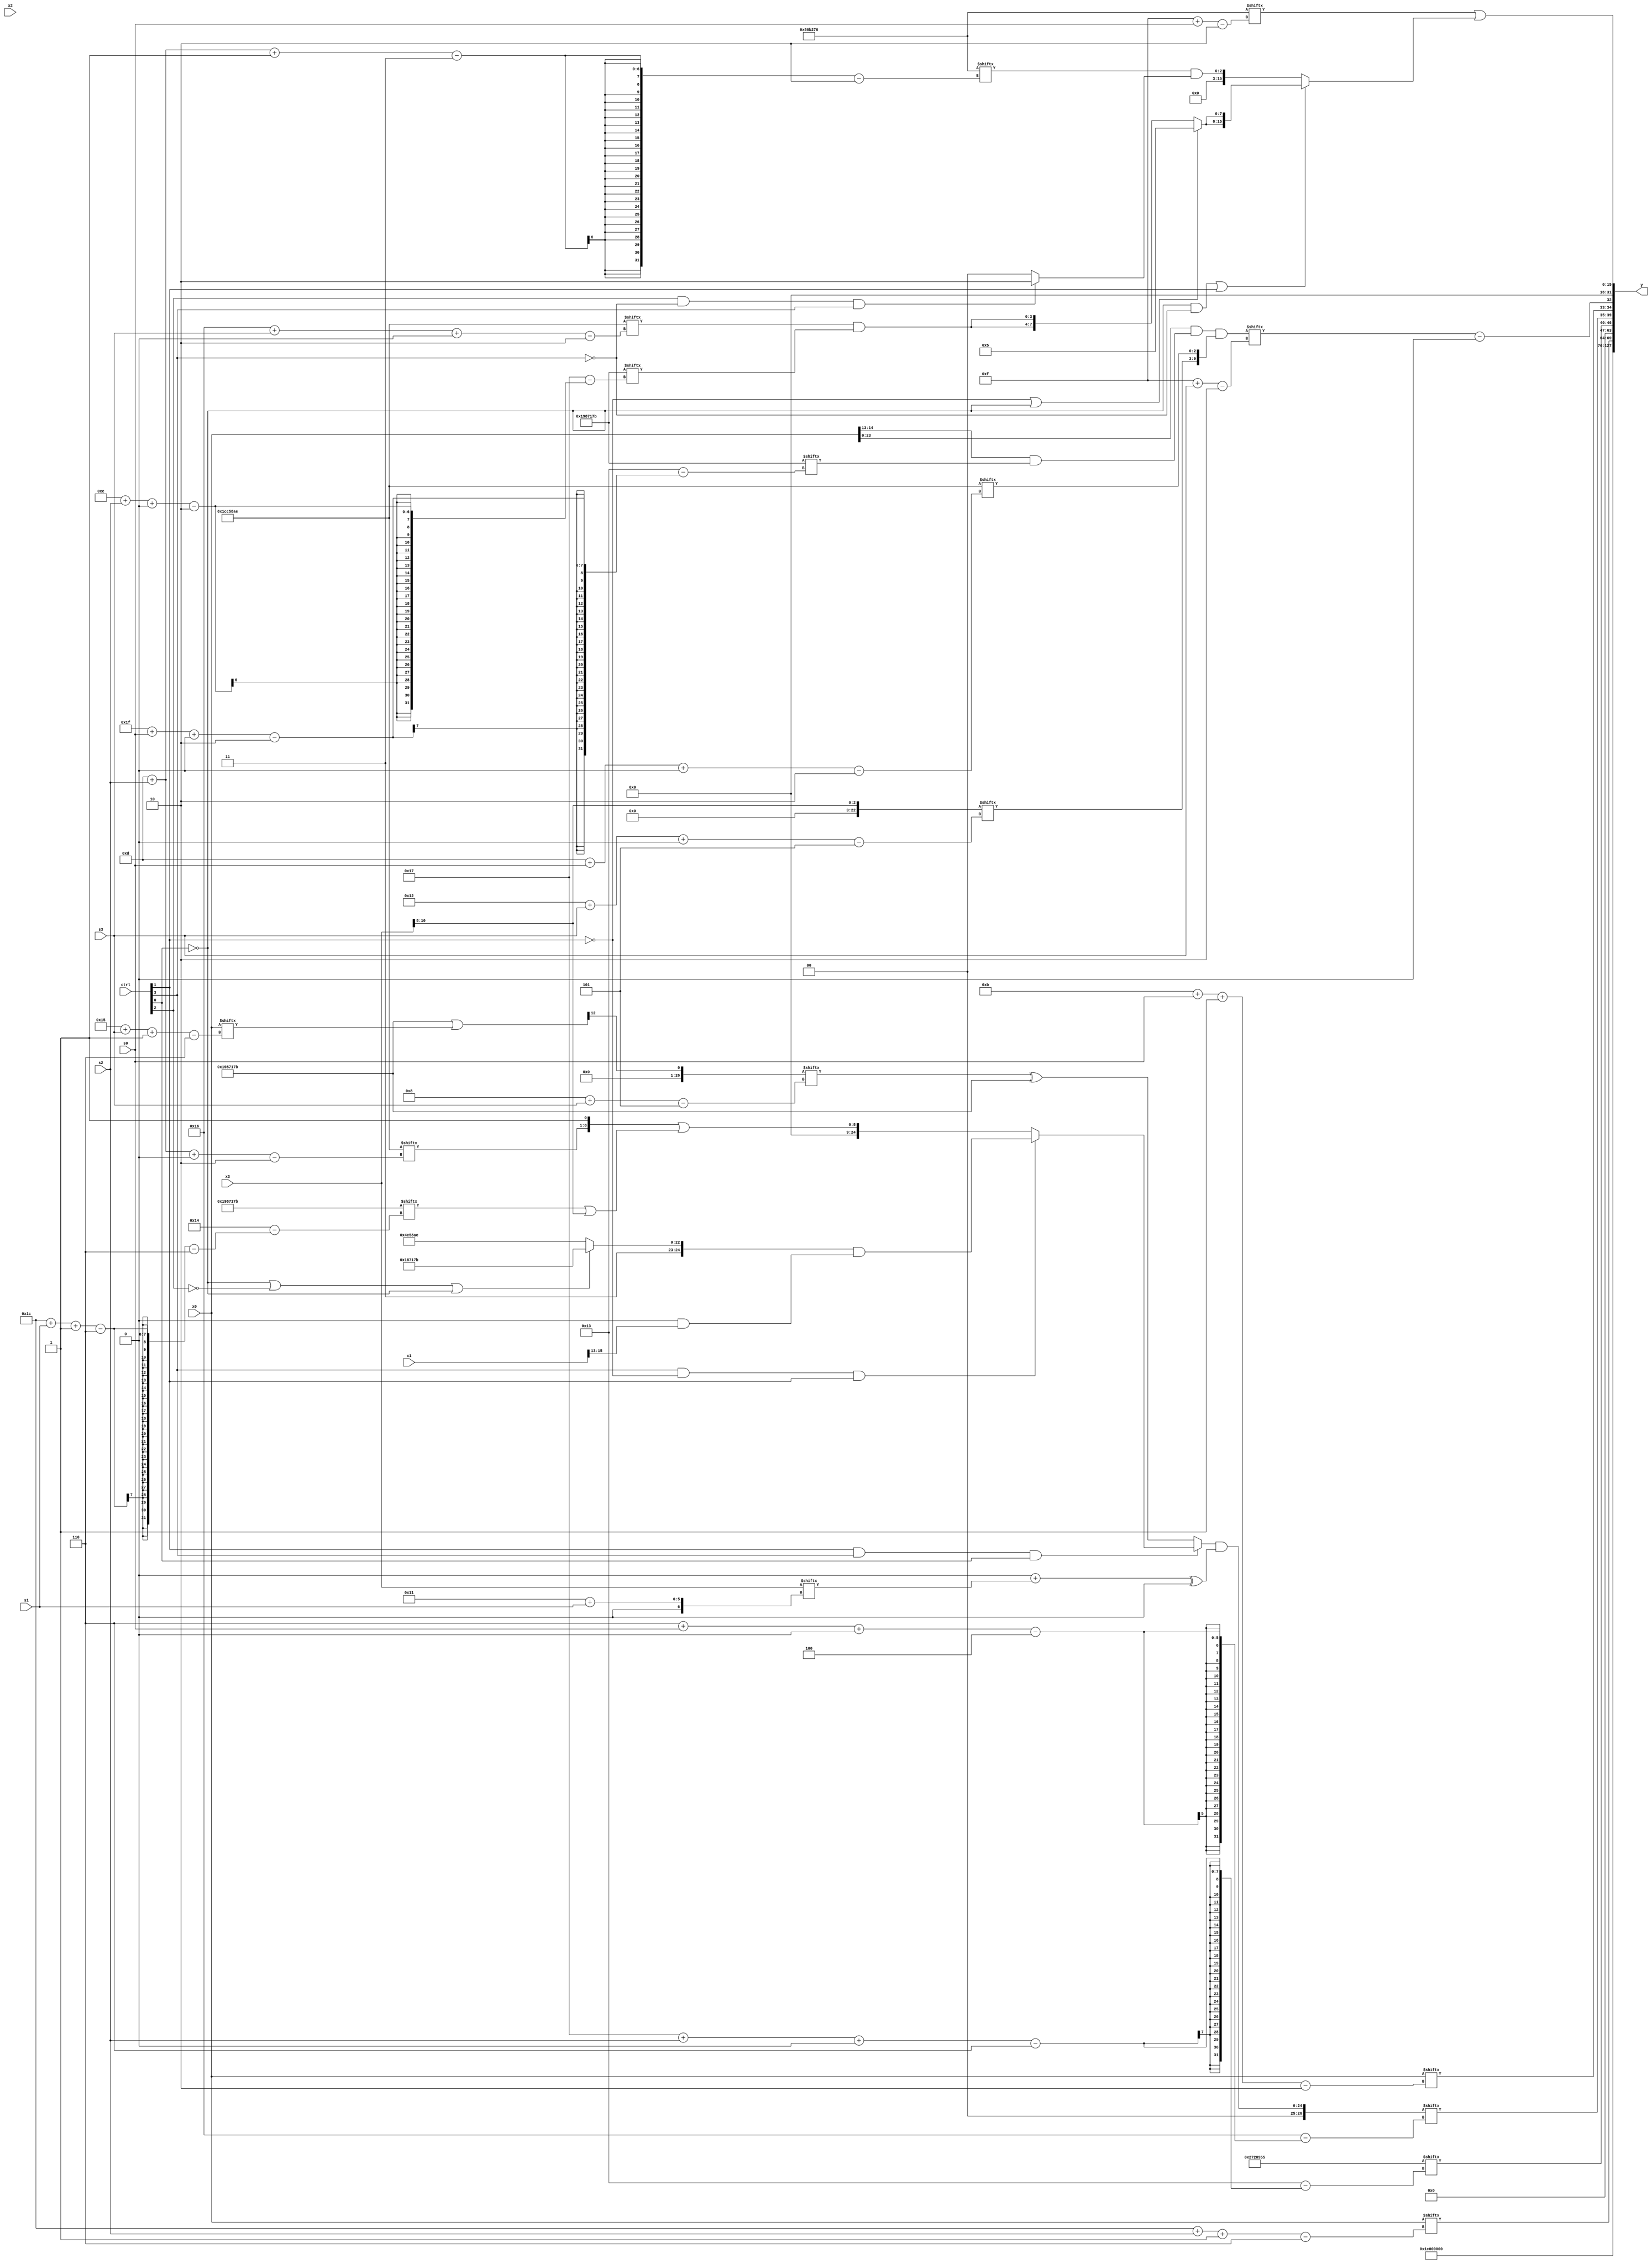
module partsel_00807(ctrl, s0, s1, s2, s3, x0, x1, x2, x3, y);
  input [3:0] ctrl;
  input [2:0] s0;
  input [2:0] s1;
  input [2:0] s2;
  input [2:0] s3;
  input [31:0] x0;
  input signed [31:0] x1;
  input [31:0] x2;
  input signed [31:0] x3;
  wire [27:5] x4;
  wire [6:31] x5;
  wire signed [1:25] x6;
  wire [25:2] x7;
  wire [31:5] x8;
  wire signed [4:30] x9;
  wire [29:6] x10;
  wire [2:27] x11;
  wire [30:5] x12;
  wire signed [7:31] x13;
  wire signed [1:27] x14;
  wire signed [1:27] x15;
  output [127:0] y;
  wire [31:0] y0;
  wire [31:0] y1;
  wire [31:0] y2;
  wire signed [31:0] y3;
  assign y = {y0,y1,y2,y3};
  localparam signed [2:28] p0 = 563638651;
  localparam [27:2] p1 = 30169262;
  localparam [25:2] p2 = 109490806;
  localparam signed [6:31] p3 = 913443157;
  assign x4 = x3[8 +: 3];
  assign x5 = p0;
  assign x6 = (x5 | x0[21 + s3 -: 6]);
  assign x7 = ({((x6 + (p2[29 + s1 -: 3] + p3[18])) + x2), {2{(x0 & (x0[14 -: 2] & p0[31 + s0 +: 8]))}}} & {x4[18 + s3 +: 7], p1[13 + s0 +: 3]});
  assign x8 = x6[13];
  assign x9 = ((ctrl[1] && ctrl[3] && ctrl[0] ? (ctrl[3] && !ctrl[1] && ctrl[1] ? ((!ctrl[0] || !ctrl[2] || !ctrl[0] ? p0 : p1) & (x4[16 +: 4] & x1[15 -: 3])) : ({p1[13 + s2 +: 8], p3[10 +: 1]} | (x5[28 + s1 -: 6] | x4))) : (x8[8 + s3] ^ p0)) & ((!ctrl[0] && ctrl[0] && !ctrl[0] ? {(x4[19 + s3 +: 3] | p3[30 + s0 +: 3]), (p3[8 + s2 -: 1] & x2[7 + s1 -: 6])} : ({2{x5[16 -: 4]}} + ((x4[22] & p0) | x3[17 + s1]))) ^ {2{{2{x8[20 -: 1]}}}}));
  assign x10 = p3;
  assign x11 = ({2{p2[19]}} - p3);
  assign x12 = (((p1 | (x8 & (x4[17 + s0] | x4[26 + s0 +: 3]))) + p3[31 + s3 -: 2]) & p2[13 + s2 +: 6]);
  assign x13 = (!ctrl[0] && !ctrl[0] || !ctrl[3] ? x7[21] : (!ctrl[0] && !ctrl[2] || !ctrl[1] ? (p2[13] ^ (p0[22] ^ p1[1 + s2 -: 6])) : p0));
  assign x14 = x13[22];
  assign x15 = (!ctrl[3] || ctrl[3] || !ctrl[3] ? {2{(({2{((p0[12 + s0] & x5[14 +: 3]) + p3[3 + s3 -: 4])}} + x13[6 + s3]) ^ x13[7 + s0])}} : {{(ctrl[3] || ctrl[2] || !ctrl[0] ? (!ctrl[2] || !ctrl[3] && !ctrl[2] ? x8[14 + s2] : x8) : (!ctrl[1] || !ctrl[3] && !ctrl[0] ? x14[7 + s3 +: 8] : p2[11 + s0 -: 7])), (p1[10 +: 1] ^ p0)}, p3[12]});
  assign y0 = (x14[17 +: 4] | x11[14 -: 3]);
  assign y1 = x0[28 + s2 -: 6];
  assign y2 = {{{p3[23 + s2 +: 7], x9[6 + s0 +: 5]}, x0[11 + s0 -: 2]}, (x7[15 + s3] - p2[13])};
  assign y3 = (p2[15 + s0] | (!ctrl[0] && !ctrl[3] || ctrl[1] ? {2{(!ctrl[1] || !ctrl[1] || !ctrl[0] ? p1[14 +: 3] : {2{(p1[22 + s3 +: 4] & p0[12 + s2 +: 4])}})}} : (p2[13 + s2 -: 3] & (ctrl[2] && !ctrl[3] && ctrl[3] ? p1[8 +: 3] : p1[10]))));
endmodule